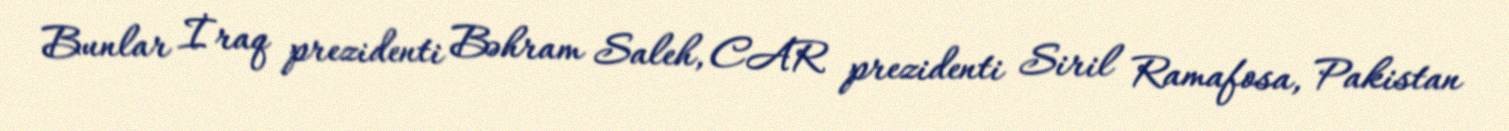
Bunlar İraq prezidenti Bəhram Saleh, CAR prezidenti Siril Ramafosa, Pakistan